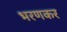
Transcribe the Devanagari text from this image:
भरणकर